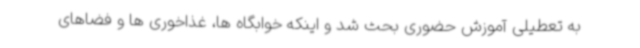
به تعطیلی آموزش حضوری بحث شد و اینکه خوابگاه ها، غذاخوری ها و فضاهای